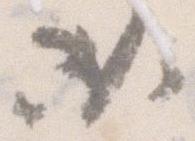
必